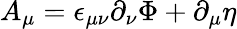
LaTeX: A_{\mu}=\epsilon_{\mu\nu}\partial_{\nu}\Phi+\partial_{\mu}\eta